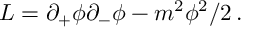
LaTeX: { \cal L } = \partial _ { + } \phi \partial _ { - } \phi - m ^ { 2 } \phi ^ { 2 } / 2 \, .